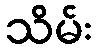
သိမ်း